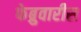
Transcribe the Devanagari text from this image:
फेब्रुवारीस